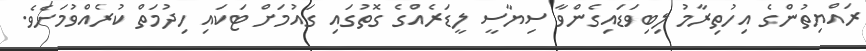
ރައްޔިތުންގެ އިހުތިރާމު ލިބިވަޑައިގެންވާ ސިޔާސީ ލީޑަރެއްގެ ގޮތުގައި ގައުމަށް ޓަކައި ހިދުމަތް ކުރެއްވުމަށެވެ.